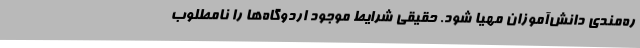
ره‌مندی دانش‌آموزان مهیا شود. حقیقی شرایط موجود اردوگاه‌ها را نامطلوب